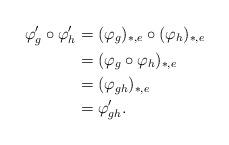
LaTeX: \begin{align*}\varphi'_g\circ \varphi'_h&=(\varphi_g)_{\ast,e}\circ (\varphi_h)_{\ast,e}\\&=(\varphi_g\circ \varphi_h)_{\ast,e}\\&=(\varphi_{gh})_{\ast,e}\\&=\varphi'_{gh}.\end{align*}